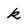
Character: k